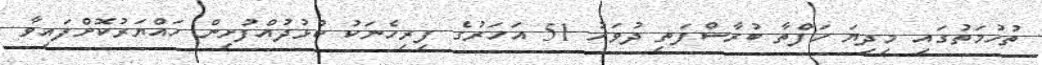
ތުހުމަތުގައި މިދިޔަ ހަފްތާ ބުރާސްފަތި ދުވަހު 51 އަހަރުގެ ފިރިހެނަކު ކުޅުދުއްފުށިން ހައްޔަރުކޮށްފައިވާ